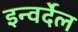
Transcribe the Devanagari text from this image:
इन्वर्देल